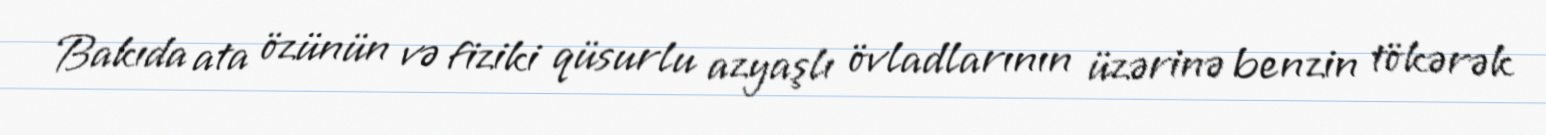
Bakıda ata özünün və fiziki qüsurlu azyaşlı övladlarının üzərinə benzin tökərək